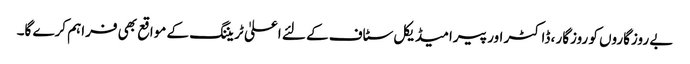
بے روزگاروں کو روزگار ، ڈاکٹر اور پیرامیڈیکل سٹاف کے لئے اعلیٰ ٹریننگ کے مواقع بھی فراہم کرے گا۔